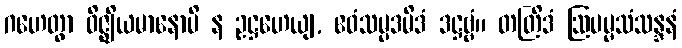
ဂဟေတွာ ဝိဇ္ဈိယမာနောပိ န ဥဋ္ဌဟေယျ, ဧဝံသမ္ပဒမိဒံ ဒဋ္ဌဗ္ဗံ။ တတြိဒံ ဩပမ္မသံသန္ဒနံ